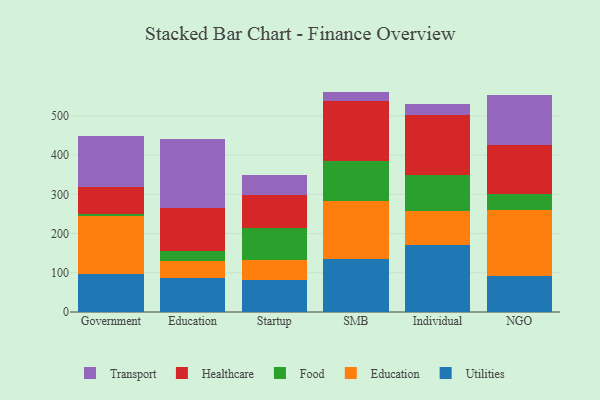
{"axis": {"x": "Segment", "y": "Production Output"}, "legend": ["Education", "Food", "Healthcare", "Transport", "Utilities"], "data": [{"x": "Government", "y": 97.7, "type": "Utilities"}, {"x": "Government", "y": 146.2, "type": "Education"}, {"x": "Government", "y": 5.4, "type": "Food"}, {"x": "Government", "y": 69.3, "type": "Healthcare"}, {"x": "Government", "y": 129.0, "type": "Transport"}, {"x": "Education", "y": 87.3, "type": "Utilities"}, {"x": "Education", "y": 43.2, "type": "Education"}, {"x": "Education", "y": 25.3, "type": "Food"}, {"x": "Education", "y": 108.6, "type": "Healthcare"}, {"x": "Education", "y": 175.8, "type": "Transport"}, {"x": "Startup", "y": 82.8, "type": "Utilities"}, {"x": "Startup", "y": 49.0, "type": "Education"}, {"x": "Startup", "y": 81.7, "type": "Food"}, {"x": "Startup", "y": 84.4, "type": "Healthcare"}, {"x": "Startup", "y": 51.7, "type": "Transport"}, {"x": "SMB", "y": 134.0, "type": "Utilities"}, {"x": "SMB", "y": 149.2, "type": "Education"}, {"x": "SMB", "y": 102.4, "type": "Food"}, {"x": "SMB", "y": 151.4, "type": "Healthcare"}, {"x": "SMB", "y": 24.8, "type": "Transport"}, {"x": "Individual", "y": 169.7, "type": "Utilities"}, {"x": "Individual", "y": 88.9, "type": "Education"}, {"x": "Individual", "y": 91.3, "type": "Food"}, {"x": "Individual", "y": 153.2, "type": "Healthcare"}, {"x": "Individual", "y": 26.9, "type": "Transport"}, {"x": "NGO", "y": 92.7, "type": "Utilities"}, {"x": "NGO", "y": 168.2, "type": "Education"}, {"x": "NGO", "y": 40.7, "type": "Food"}, {"x": "NGO", "y": 125.3, "type": "Healthcare"}, {"x": "NGO", "y": 125.9, "type": "Transport"}]}